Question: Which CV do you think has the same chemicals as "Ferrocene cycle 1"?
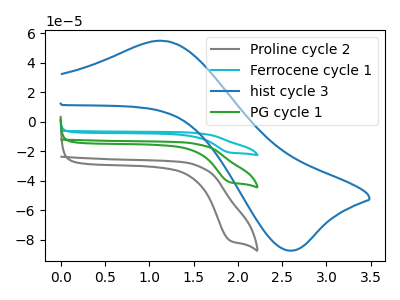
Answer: <think>The gray curve "Proline cycle 2" has a cathodic peak at: (1.90V, -80.40uA). The cyan curve "Ferrocene cycle 1" has a cathodic peak at: (1.90V, -81.75uA). The blue curve "hist cycle 3" has an anodic peak at (1.15V, 54.90uA) and a cathodic peak at (2.55V, -87.30uA). The green curve "PG cycle 1" has a cathodic peak at: (1.90V, -40.90uA).
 All the peaks in "Proline cycle 2" have a peak in "Ferrocene cycle 1" at the same potential. Every peak in "Proline cycle 2" is lower than every peak in "Ferrocene cycle 1". "Proline cycle 2" and "hist cycle 3" have a different number of peaks. All the peaks in "Proline cycle 2" have a peak in "PG cycle 1" at the same potential. Every peak in "Proline cycle 2" is higher than every peak in "PG cycle 1". "Ferrocene cycle 1" and "hist cycle 3" have a different number of peaks. All the peaks in "Ferrocene cycle 1" have a peak in "PG cycle 1" at the same potential. Every peak in "Ferrocene cycle 1" is higher than every peak in "PG cycle 1". "hist cycle 3" and "PG cycle 1" have a different number of peaks.</think>
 <answer>"Ferrocene cycle 1" and "PG cycle 1" have a similar shape to "Proline cycle 2".</answer>
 <eval>"Ferrocene cycle 1" "PG cycle 1"</eval>